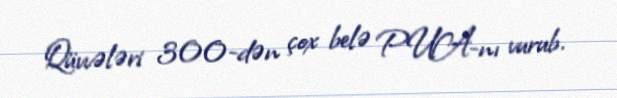
Qüvvələri 300-dən çox belə PUA-nı vurub.